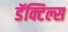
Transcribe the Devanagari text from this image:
डॅक्टिल्स